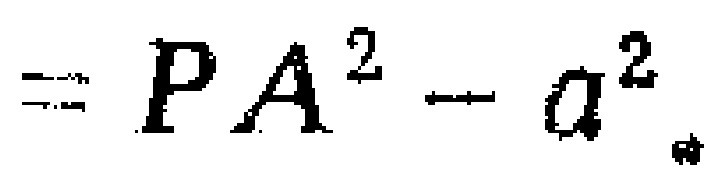
$=PA^{2}-a^{2}$